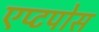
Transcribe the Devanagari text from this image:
एप्टपोस